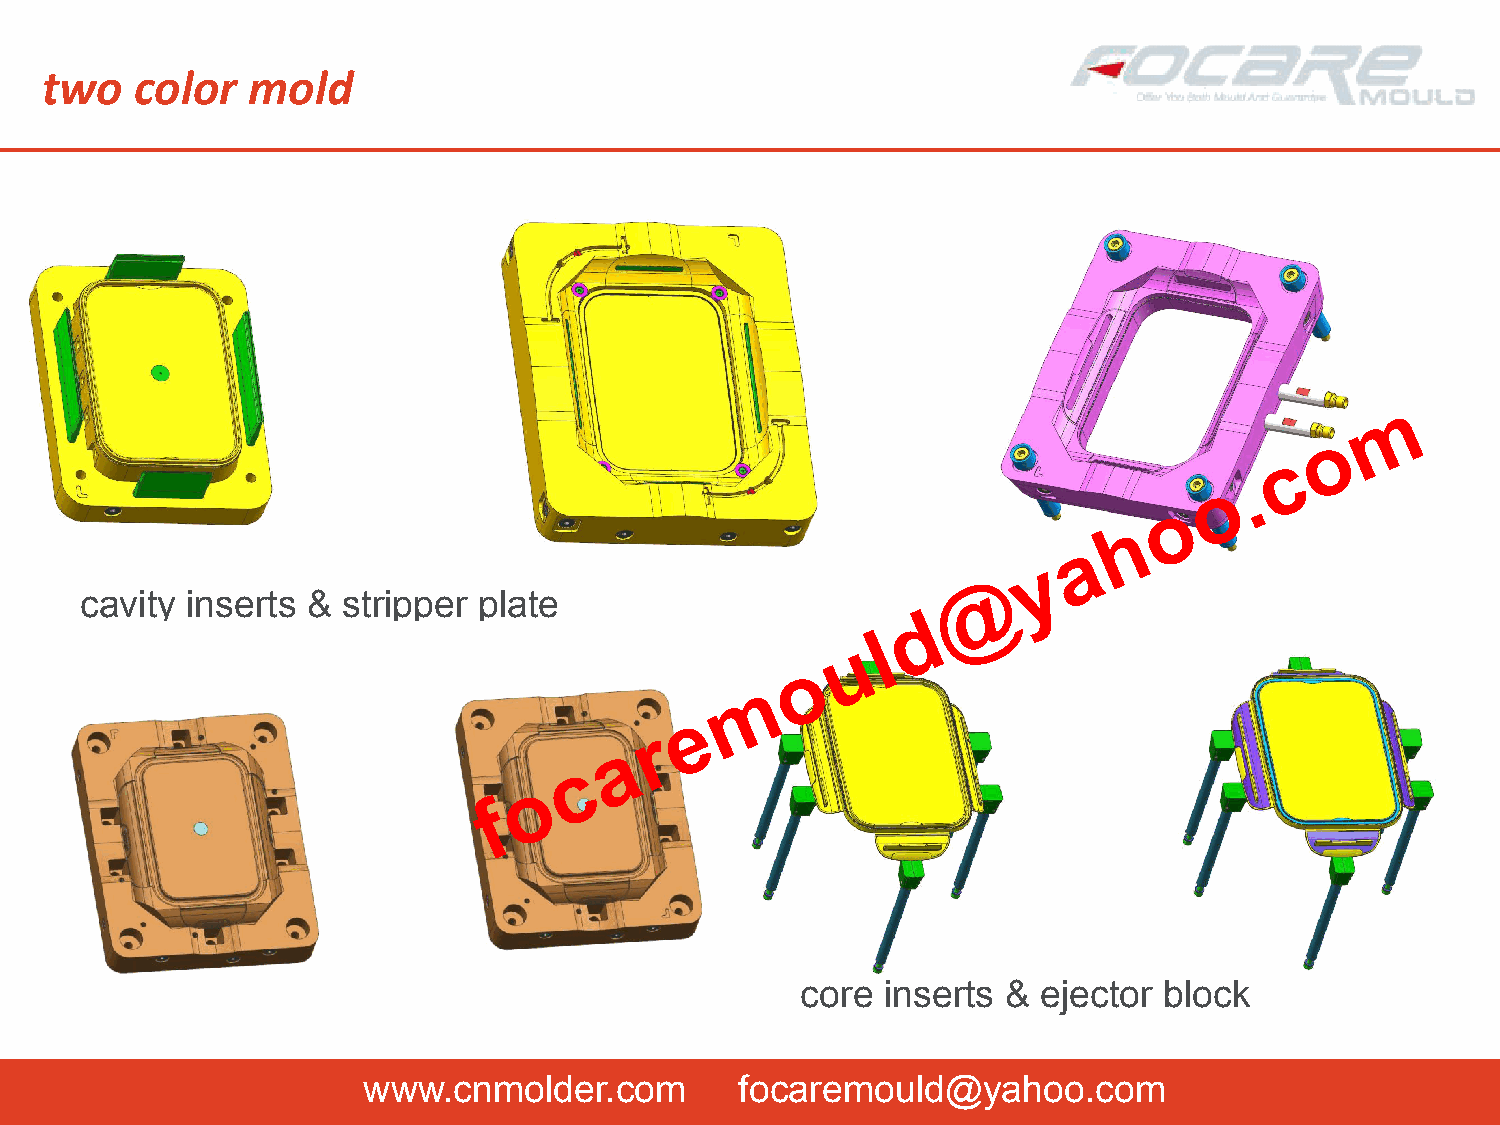
two   color  mold
 m
 o
 c
 .
 o
 o
 h
 a
 y
 @
 cavity inserts &  stripper plate
 d
 l
 u
 o
 m
 e
 r
 a
 c
 o
 f
 core  inserts & ejector block
 www.cnmolder.com         focaremould@yahoo.com